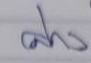
ล่าง